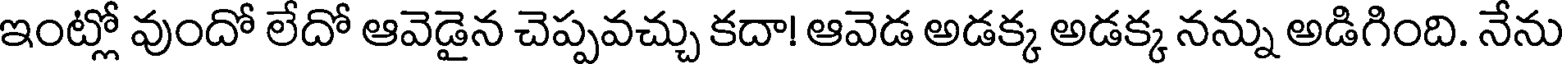
ఇంట్లో వుందో లేదో ఆవెడైన చెప్పవచ్చు కదా! ఆవెడ అడక్క అడక్క నన్ను అడిగింది. నేను